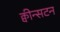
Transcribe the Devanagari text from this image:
क्वीन्सटन